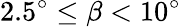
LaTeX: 2.5^{\circ}\leq\beta<10^{\circ}